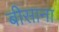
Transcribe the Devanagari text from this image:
बीसाना